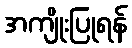
အကျိုးပြုရန်